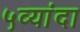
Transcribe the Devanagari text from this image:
५व्यांदा